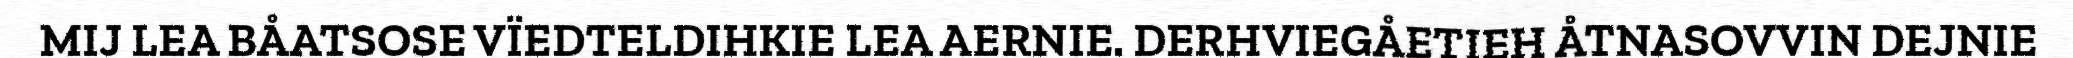
MIJ LEA BÅATSOSE VÏEDTELDIHKIE LEA AERNIE. DERHVIEGÅETIEH ÅTNASOVVIN DEJNIE